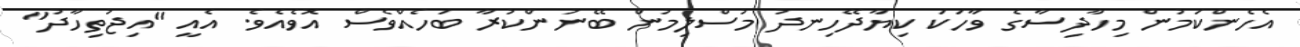
އެހެންކަމުން މިހާދިސާގެ ވާހަކަ ކިޔާދޭހިނދު މުސްލިމުން ބޭނުންކުރާ ބަހެއްވެސް އޮވެއެވެ. އެއީ "އިޖުތިހާދު"